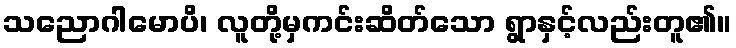
သညောဂါမောပိ၊ လူတို့မှကင်းဆိတ်သော ရွာနှင့်လည်းတူ၏။